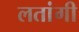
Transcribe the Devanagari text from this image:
लतांगी